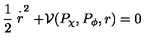
\frac { 1 } { 2 } \stackrel { \cdot } { r } ^ { 2 } + { \cal V } ( P _ { \chi } , P _ { \phi } , r ) = 0